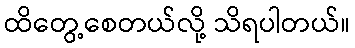
ထိတွေ့စေတယ်လို့ သိရပါတယ်။